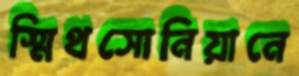
স্মিথসোনিয়ানে